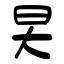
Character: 旲